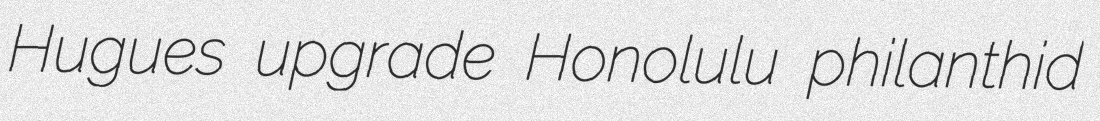
Hugues upgrade Honolulu philanthid